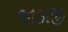
જાડાજી